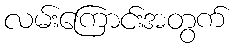
လမ်းကြောင်းအတွက်